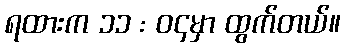
ရထားက ၁၁ : ၀၄မှာ ထွက်တယ်။